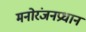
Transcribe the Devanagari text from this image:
मनोरंजनप्रधान